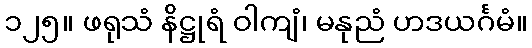
၁၂၅။ ဖရုသံ နိဋ္ဌုရံ ဝါကျံ၊ မနုညံ ဟဒယင်္ဂမံ။